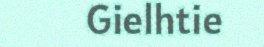
Gielhtie